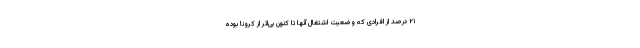
۲۱ درصد از افرادی که وضعیت اشتغال آنها تا کنون بی‌اثر از کرونا بوده